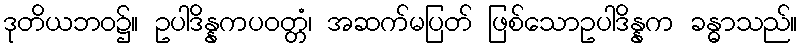
ဒုတိယဘဝ၌။ ဥပါဒိန္နကပဝတ္တံ၊ အဆက်မပြတ် ဖြစ်သောဥပါဒိန္နက ခန္ဓာသည်။